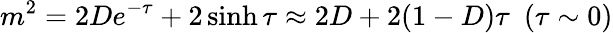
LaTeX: m^{2}=2De^{-\tau}+2\sinh\tau\approx 2D+2(1-D)\tau~~(\tau\sim 0)